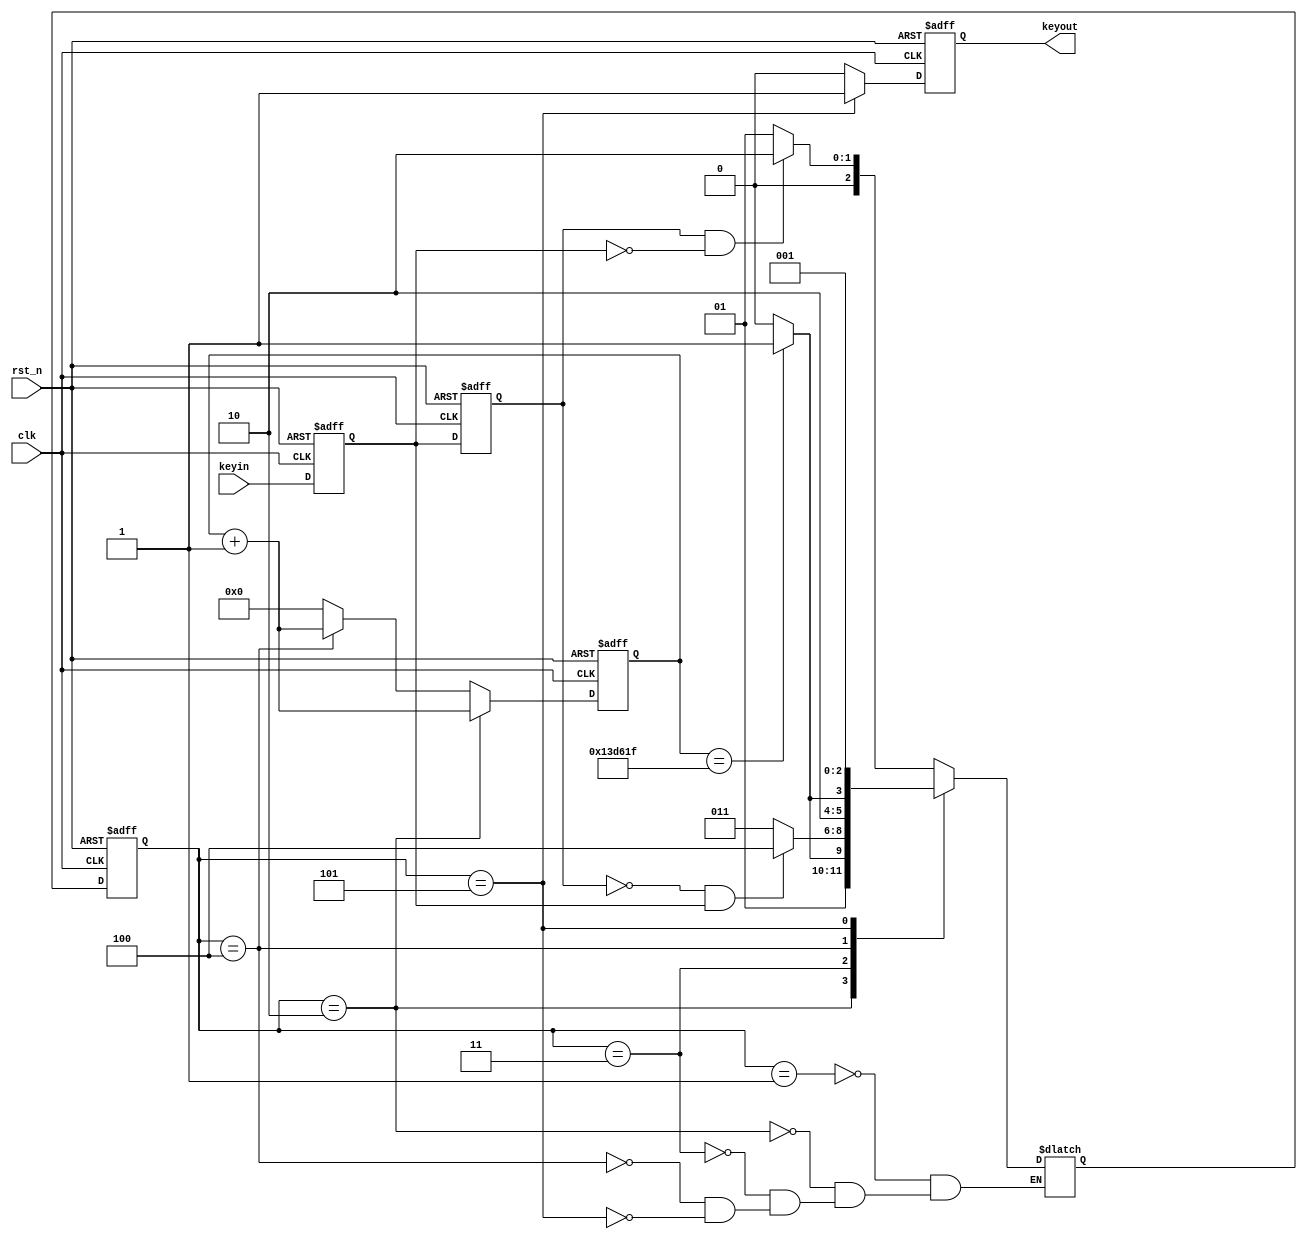
//-----------------------------------------------------------------------------
// File          :    keyfilter
// Create     :    2021-11-26
// Revise     :    2021-11-26 23:45:56
//Functions :    
//------------------------------------------------------------------------------
//      
//      
//------------------------------------------------------------------------------
module keyfilter(
    input    clk,
    input    rst_n,

    //Ports_Inputs
    input       keyin,
    //Ports_Outputs
    output reg keyout
);
    localparam CNT_20MS =65*1_000_000 /50 ;     //todo
    reg key_r0,key_r1;
    reg [31:0] cnt;
    reg [2:0]   current_state;
    reg [2:0]   next_state;
    parameter S_negedge =1 ;
    parameter S_nge_cnt =2 ;
    parameter S_posedge =3 ;
    parameter S_pos_cnt =4 ;
    parameter S_out =5 ;

    always@(posedge clk or negedge rst_n)
    begin
      if(~rst_n)
      begin
          key_r0<=0;
          key_r1<=0;
      end
      else
      begin
          key_r0<=keyin;
          key_r1<=key_r0;
       end
    end

    always@(posedge clk or negedge rst_n)
    begin
      if(~rst_n)
      begin
          current_state<=S_negedge;
      end
      else
      begin
          current_state<=next_state;
       end
    end

    wire key_negedge,key_posedge;
    assign key_negedge =key_r1&&~key_r0 ;
    assign key_posedge =~key_r1&&key_r0 ;
    always @(*) 
    begin
        case (current_state)
            S_negedge:
            begin
                if(key_negedge)
                begin
                    next_state = S_nge_cnt;
                end
                else begin
                    next_state = S_negedge;
                end
            end
            S_nge_cnt:
            begin
                if(cnt == CNT_20MS-1)
                begin
                    next_state = S_posedge;                    
                end
                else begin
                    next_state = S_nge_cnt;
                end
            end
            S_posedge:
            begin
                if(key_posedge)
                begin
                    next_state = S_pos_cnt;
                end
                else begin
                    next_state = S_posedge;
                end
            end
            S_pos_cnt:
            begin
                if(cnt == CNT_20MS-1)
                begin
                    next_state = S_out;
                end
                else begin
                    next_state = S_pos_cnt;
                end
            end
            S_out:
            begin
                next_state = S_negedge;
            end
        endcase    
    end


    always@(posedge clk or negedge rst_n)
    begin
      if(~rst_n)
      begin
          cnt <=0;
      end
      else if(current_state == S_nge_cnt)
      begin
          cnt<=cnt+1'b1;
       end
       else if(current_state == S_pos_cnt)
       begin
           cnt<=cnt+1'b1;
       end
       else begin
           cnt<=0;
       end
    end

    always@(posedge clk or negedge rst_n)
    begin
      if(~rst_n)
      begin
          keyout<=0;
      end
      else if(current_state==S_out)
      begin
          keyout <=1;
      end
      else begin
          keyout<=0;
      end
    end
endmodule